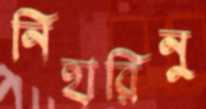
নিহারিনু